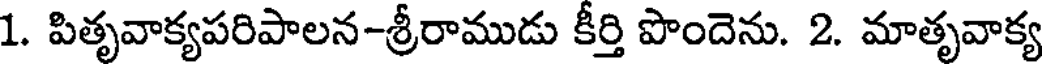
1. పితృవాక్యపరిపాలన-శ్రీరాముడు కీర్తి పొందెను. 2. మాతృవాక్య